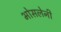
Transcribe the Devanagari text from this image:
भोसलेनी